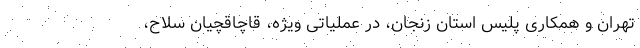
تهران و همکاری پلیس استان زنجان، در عملیاتی ویژه، قاچاقچیان سلاح،